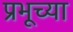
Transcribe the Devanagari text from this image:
प्रभूच्या